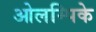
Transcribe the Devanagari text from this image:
ओलम्पिके